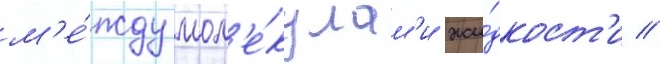
м'е́жду мол'е́кулам'и жи́дкост'и //